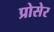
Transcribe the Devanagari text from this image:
प्रोसेर